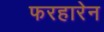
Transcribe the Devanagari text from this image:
फरहारेन